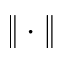
\Vert \cdot \Vert